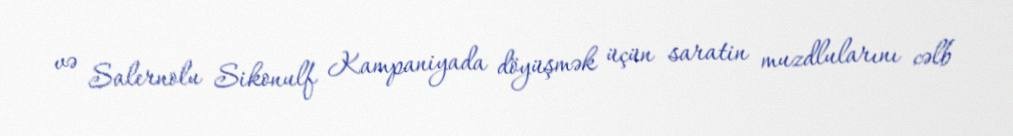
və Salernolu Sikonulf Kampaniyada döyüşmək üçün saratin muzdlularını cəlb